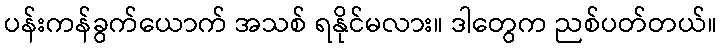
ပန်းကန်ခွက်ယောက် အသစ် ရနိုင်မလား။ ဒါတွေက ညစ်ပတ်တယ်။